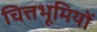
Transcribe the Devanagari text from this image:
चित्तभूमियों